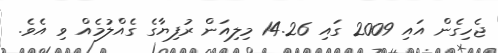
ޖެހިގެން އައި 2009 ގައި 14.26 މިލިއަން ރުފިޔާގެ ގެއްލުމެއް ވި އެވެ.